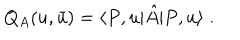
LaTeX: Q _ { A } ( u , \bar { u } ) = \langle P , u | \hat { A } | P , u \rangle \; .